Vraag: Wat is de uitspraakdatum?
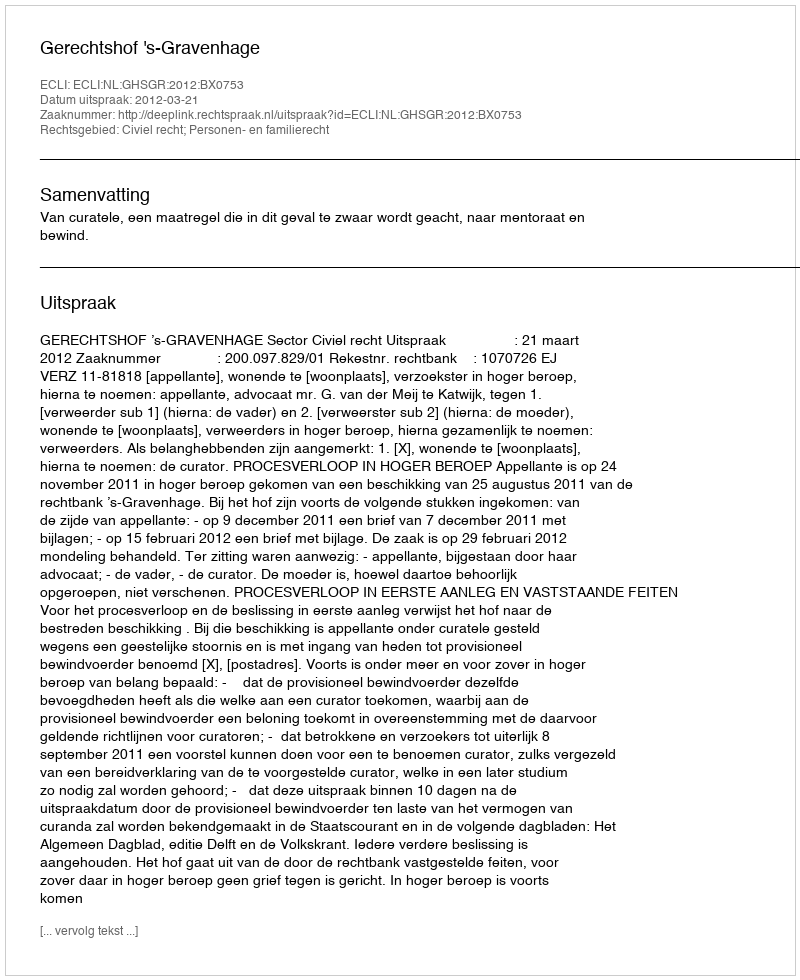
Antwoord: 2012-03-21